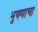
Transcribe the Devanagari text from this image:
भुषणाचा